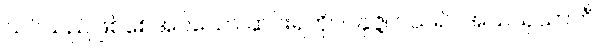
သင်သည်ဖြစ်စေအပ်သော ဆင်းရဲကို။ ပနုဇ္ဇ၊ ပယ်၍။ အသယှသာဟီ၊